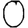
Digit: 0